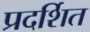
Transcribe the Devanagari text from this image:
प्रदर्शित